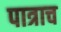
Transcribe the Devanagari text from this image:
पात्राच